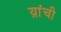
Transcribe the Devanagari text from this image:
य़ांची